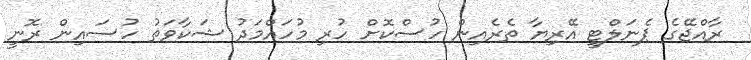
ރާއްޖޭގެ ޕެނަލްޓީ އޭރިޔާ ތެރެއިން ހުސްކޮށް ހުރި މުހައްމަދު ޝަކާވަތު ހުސައިން ރޮނީ